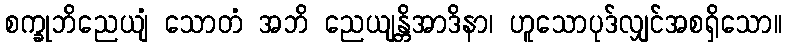
စက္ခုဘိညေယျံ သောတံ အဘိ ညေယျန္တိအာဒိနာ၊ ဟူသောပုဒ်လျှင်အစရှိသော။